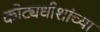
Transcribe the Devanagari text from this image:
कोट्यधीशांच्या